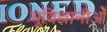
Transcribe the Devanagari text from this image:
भूविज्ञानीओँ